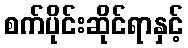
စက်ပိုင်းဆိုင်ရာနှင့်